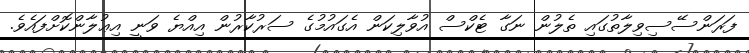
ފަރަންސޭސިވިލާތުގައި ތެލުން ނަގާ ޓެކްސް އުވާލިކަން އެގައުމުގެ ސަރުކާރުން އިއްޔެ ވަނީ އިޢުލާންކޮށްފައެވެ.